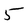
Character: 5